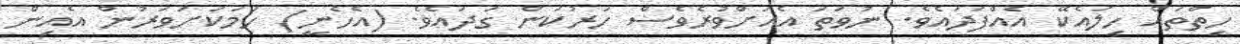
ހިތްތައް ހިލައެކޭ އެއްފަދައެވެ. ނުވަތަ އެއަށްވުރެވެސް ހަރުކަން ގަދައެވެ. (އެހެނީ) ހަމަކަށަވަރުން އެއިން